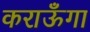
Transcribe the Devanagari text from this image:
कराऊँगा